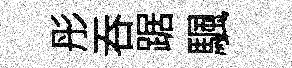
彤呑踞颿